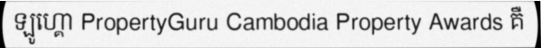
ឡូហ្គោ PropertyGuru Cambodia Property Awards គឺ